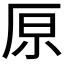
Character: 𠩤